Calcutta medical institutions reports 1879-81 [i.e.91]
Year: 1879
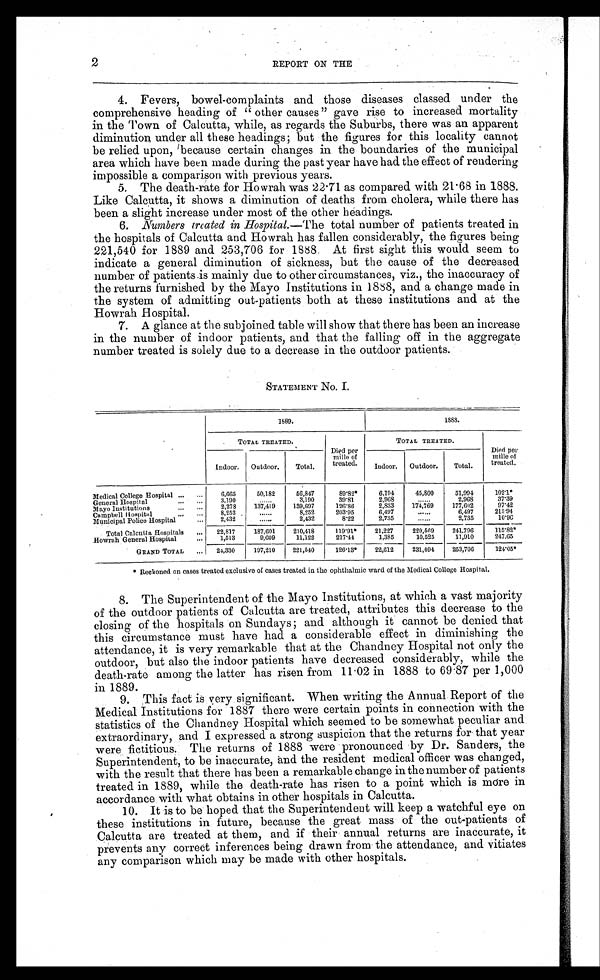
2
REPORT ON THE
4. Fevers, bowel-complaints and those diseases classed under the
comprehensive heading of " other causes" gave rise to increased mortality
in the Town of Calcutta, while, as regards the Suburbs, there was an apparent
diminution under all these headings; but the figures for this locality cannot
be relied upon, because certain changes in the boundaries of the municipal
area which have been made during the past year have had the effect of rendering
impossible a comparison with previous years.
5. The death-rate for Howrah was 22.71 as compared with 21.68 in 1888.
Like Calcutta, it shows a diminution of deaths from cholera, while there has
been a slight increase under most of the other headings.
6. Numbers treated in Hospital.—The total number of patients treated in
the hospitals of Calcutta and Howrah has fallen considerably, the figures being
221,540 for 1889 and 253,706 for 1888. At first sight this would seem to
indicate a general diminution of sickness, but the cause of the decreased
number of patients is mainly due to other circumstances, viz., the inaccuracy of
the returns furnished by the Mayo Institutions in 1888, and a change made in
the system of admitting out-patients both at these institutions and at the
Howrah Hospital.
7. A glance at the subjoined table will show that there has been an increase
in the number of indoor patients, and that the falling off in the aggregate
number treated is solely due to a decrease in the outdoor patients.
STATEMENT No. I.
1889.
1888.
TOTAL TREATED.
Died per
mille of
treated.
TOTAL TREATED.
Died per
mille of
treated.
Indoor.
Outdoor.
Total.
Indoor.
Outdoor.
Total.
Medical College Hospital ...
. . . 6,665
50,182
56,847
89.82*
6,194
45,800
51,994
102.1*
General Hospital
. . .
. . . 3,190
. . . . . .
3,190
39.81
2,968
. . . . . .
2,968
37.39
Mayo Institutions
...
...
2,278
137,419
139,697
126.86
2,833
1 7 4 , 7 6 9
177,602
97.42
Campbell Hospital
...
. . .
8,252
......
8,252
203.95
6,497
......
6,497
215. 94
Municipal Police Hospital
...
2,432
......
2,432
8.22
2,735
......
2,735
1 0 . 9 6
Total Calcutta Hospitals
...
22,817
187,601
210,418
119.91*
21,227
220,569
241,796
115.82*
Howrah General Hospital
...
1,513
9,609
11,122
217.44
1,385
10,525
11,910
247.65
GRAND TOTAL
...
24,330
197,210
221,540
126.13*
22,612
231,094
253,706
124.05*
* Reckoned on cases treated exclusive of cases treated in the ophthalmic ward of the Medical College Hospital.
8. The Superintendent of the Mayo Institutions, at which a vast majority
of the outdoor patients of Calcutta are treated, attributes this decrease to the
closing of the hospitals on Sundays; and although it cannot be denied that
this circumstance must have had a considerable effect in diminishing the
attendance, it is very remarkable that at the Chandney Hospital not only the
outdoor, but also the indoor patients have decreased considerably, while the
death-rate among the latter has risen from 11.02 in 1888 to 69.87 per 1,000
in 1889.
9. This fact is very significant. When writing the Annual Report of the
Medical Institutions for 1887 there were certain points in connection with the
statistics of the Chandney Hospital which seemed to be somewhat peculiar and
extraordinary, and I expressed a strong suspicion that the returns for that year
were fictitious. The returns of 1888 were pronounced by Dr. Sanders, the
Superintendent, to be inaccurate, and the resident medical officer was changed,
with the result that there has been a remarkable change in the number of patients
treated in 1889, while the death-rate has risen to a point which is more in
accordance with what obtains in other hospitals in Calcutta.
10. It is to be hoped that the Superintendent will keep a watchful eye on
these institutions in future, because the great mass of the out-patients of
Calcutta are treated at them, and if their annual returns are inaccurate, it
prevents any correct inferences being drawn from the attendance, and vitiates
any comparison which may be made with other hospitals.